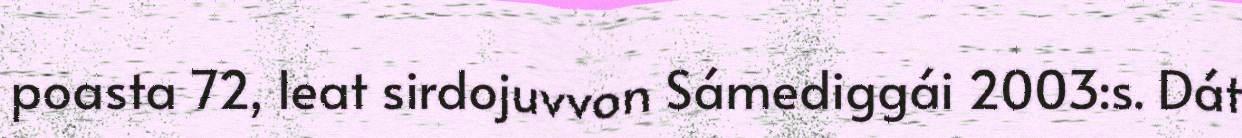
poasta 72, leat sirdojuvvon Sámediggái 2003:s. Dát